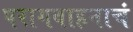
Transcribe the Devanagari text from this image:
परागवाहनाचं